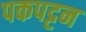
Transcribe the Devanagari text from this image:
पकपट्टन